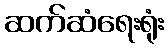
ဆက်ဆံရေးရုံး